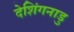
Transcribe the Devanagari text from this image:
देशिंगनाडु